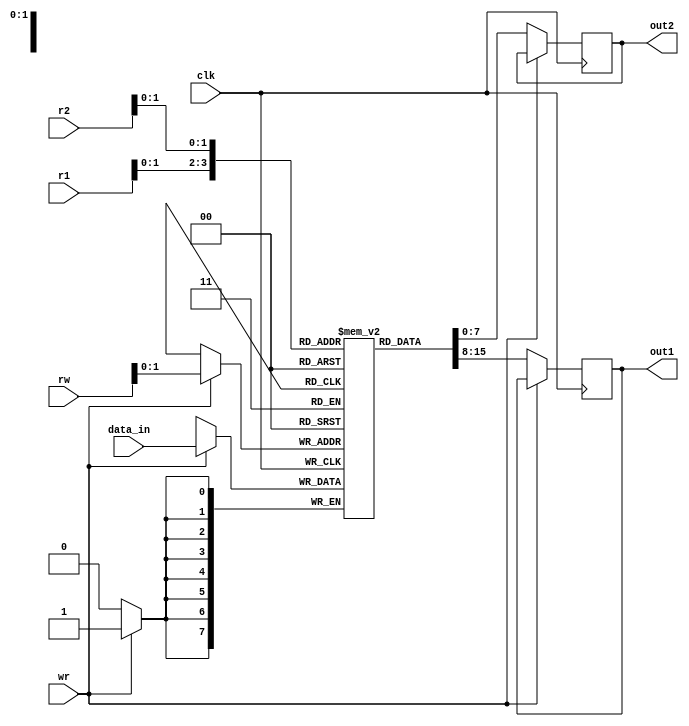
module Reg_file(

input clk,wr,
input [3:0] r1,r2,rw ,
input [7:0] data_in,
output [7:0] out1,out2   );

reg [7:0] Registers [3:0];

reg [7:0] out1,out2;


always@(posedge clk)begin
	if(wr)
		Registers[rw]<=data_in;
	else
		begin
		out1<=Registers[r1];
		out2<=Registers[r2];
		end
end
endmodule